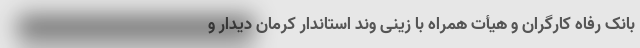
بانک رفاه کارگران و هیأت همراه با زینی وند استاندار کرمان دیدار و